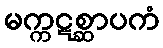
မက္ကဋစ္ဆာပကံ